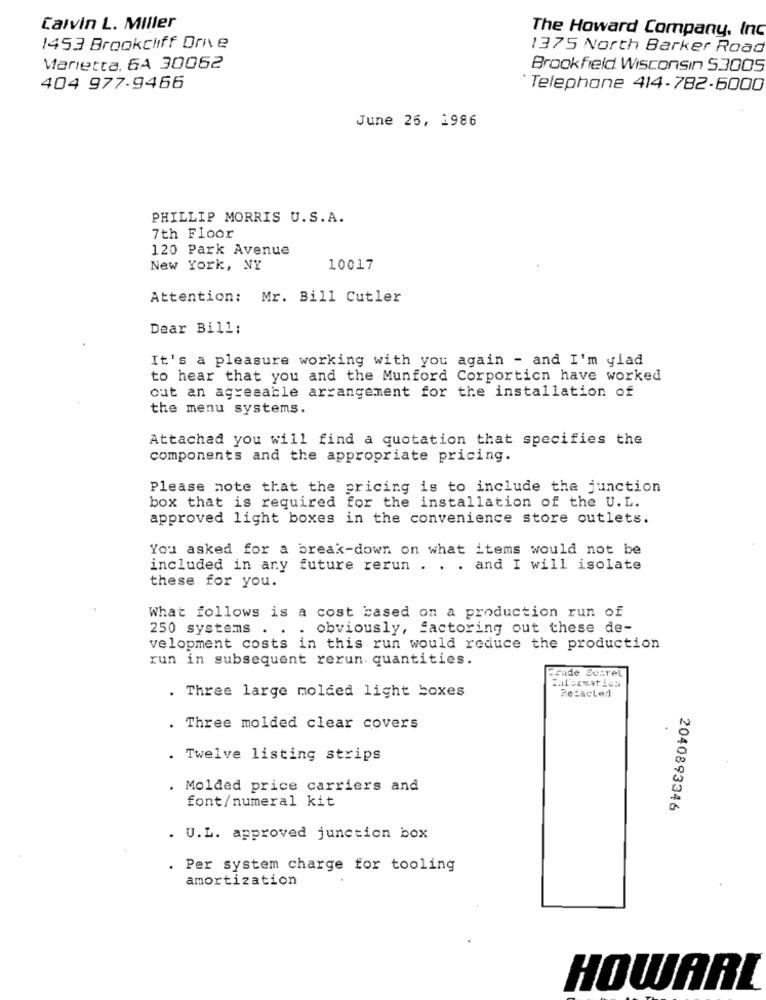
Calvin L. Miller
The Howard Company, Inc
1453 Brookcliff Ore
1375 North Barker Road
Marietta. 6A 30062
Brookfield. Wisconsin 53005
404 977-9466
Telephone 414-782-6000
June 26, 1986
PHILLIP MORRIS U.S.A.
7th Floor
120 Park Avenue
New York, NY
10017
Attention: Mr. Bill Cutler
Dear Bill:
It's a pleasure working with you again - and I'm ylad
to hear that you and the Munford Corportion have worked
out an agreeable arrangement for the installation of
the menu systems.
Attached you will find a quotation that specifies the
components and the appropriate pricing.
Please note that the pricing is to include the junction
box that is required for the installation of the U. L.
approved light boxes in the convenience store outlets.
You asked for a break-down on what items would not be
included in any future rerun . . . and I will isolate
these for you.
What follows is a cost based on a production run of
250 systems
. . Obviously, factoring out these de-
velopment costs in this run would reduce the production
run in subsequent rerun. quantities.
Frude Socrel
Calorvat ica
. Three large molded light boxes
Redacted
Three molded clear covers
. Twelve listing strips
. Molded price carriers and
font/numeral kit
2040893346
. U.L. approved junction box
Per system charge for tooling
amortization
HOWARL